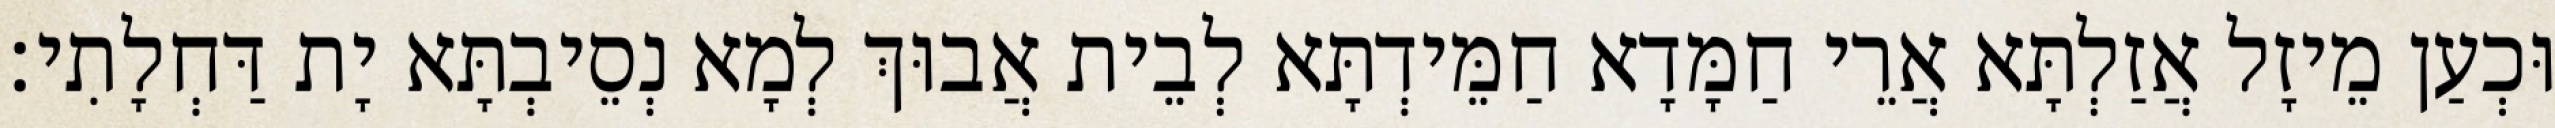
וּכְעַן מֵיזָל אֲזַלְתָּא אֲרֵי חַמָּדָא חַמֵּידְתָּא לְבֵית אֲבוּךְ לְמָא נְסֵיבְתָּא יָת דַּחְלָתִי׃